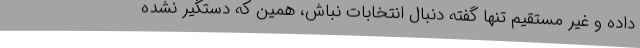
داده و غیر مستقیم تنها گفته دنبال انتخابات نباش، همین که دستگیر نشده